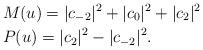
LaTeX: \begin{align*}& M(u) = |c_{-2}|^2 + |c_0|^2 + |c_2|^2 \\& P(u) = |c_2|^2 - |c_{-2}|^2.\end{align*}